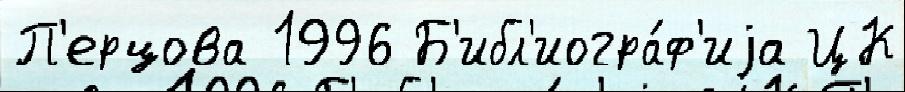
П'ерцова 1996 Б'ибл'иогра́ф'иjа ЦК